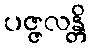
ပဇ္ဇလန္တိ